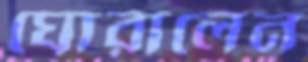
ঘোরালেন